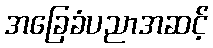
အခြေခံပညာအဆင့်